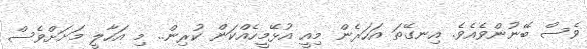
ވެސް ބޭނުންވެއެވެ. އިނގޭތަ އަހަރެން މިއީ އުޅޭމީހެއްކަން ކުރިން.. މި އަހާލީ މަށަށްވެސް